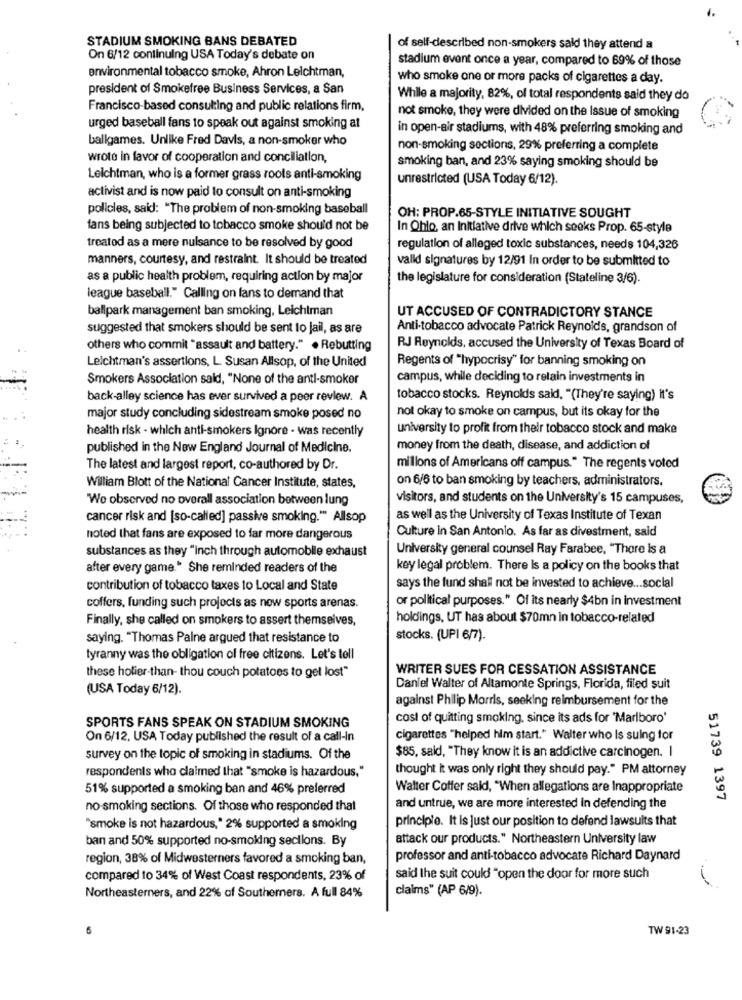
STADIUM SMOKING BANS DEBATED
of self-described non-smokers sald they attend a
On 6/12 continuing USA Today's debate on
stadium event once a year, compared to 69% of those
environmental tobacco smoke, Ahron Leichtman,
who smoke one or more packs of cigarettes a day.
president of Smokefree Business Services, a San
While a majority, 82%, of total respondents said they do
Francisco-based consulting and public relations firm,
not smoke, they were divided on the Issue of smoking
urged baseball fans to speak out against smoking at
in open-air stadiums, with 48% preferring smoking and
ballgames. Unlike Fred Davis, a non-smoker who
non-smoking sections, 29% preferring a complete
wrote in favor of cooperation and conciliation,
smoking ban, and 23% saying smoking should be
Leichtman, who is a former grass roots anti-smoking
unrestricted (USA Today 6/12).
activist and is now paid to consult on anti-smoking
policies, said: "The problem of non-smoking baseball
OH: PROP.65-STYLE INITIATIVE SOUGHT
fans being subjected to tobacco smoke should not be
In Ohio, an Initiative drive which seeks Prop. 65-style
treated as a mere nulsance to be resolved by good
regulation of alleged toxic substances, needs 104,326
manners, courtesy, and restraint. It should be treated
valld signatures by 12/91 In order to be submitted to
as a public health problem, requiring action by major
the legislature for consideration (Stateline 3/6).
league baseball." Calling on fans to demand that
ballpark management ban smoking, Leichtman
UT ACCUSED OF CONTRADICTORY STANCE
suggested that smokers should be sent to jail, as are
Anti-tobacco advocate Patrick Reynolds, grandson of
others who commit "assault and battery." . Rebutting
RJ Reynolds, accused the University of Texas Board of
Leichtman's assertions, L. Susan Allsop, of the United
Regents of "hypocrisy" for banning smoking on
Smokers Association said, "None of the anti-smoker
campus, while deciding to retain investments in
back-alley science has ever survived a peer review. A
tobacco stocks. Reynolds said, "(They're saying) it's
not okay to smoke on campus, but its okay for the
major study concluding sidestream smoke posed no
health risk - which anti-smokers Ignore - was recently
university to profit from their tobacco stock and make
published in the New England Journal of Medicine.
money from the death, disease, and addiction of
The latest and largest report, co-authored by Dr.
millons of Americans off campus." The regents voted
on 6/6 to ban smoking by teachers, administrators.
William Blott of the National Cancer Institute, states,
We observed no overall association between lung
visitors, and students on the University's 15 campuses,
cancer risk and [so-called] passive smoking."" Allsop
as well as the University of Texas Institute of Texan
Culture In San Antonio. As far as divestment, said
noted that fans are exposed to far more dangerous
substances as they "inch through automobile exhaust
University general counsel Ray Farabee, "There is a
after every game." She reminded readers of the
key legal problem. There Is a policy on the books that
contribution of tobacco taxes to Local and State
says the fund shall not be invested to achieve ... social
or political purposes." Of its nearly $4bn in investment
coffers, funding such projects as now sports arenas.
Finally, she called on smokers to assert themselves,
holdings, UT has about $70mn in tobacco-related
saying. "Thomas Paine argued that resistance to
stocks. (UPI 6/7).
tyranny was the obligation of free citizens. Let's tell
WRITER SUES FOR CESSATION ASSISTANCE
these holier-than- thou couch potatoes to get lost"
(USA Today 6/12).
Daniel Walter of Altamonte Springs, Florida, filed suit
against Philip Morris, seeking reimbursement for the
cost of quitting smoking, since its ads for 'Marlboro'
SPORTS FANS SPEAK ON STADIUM SMOKING
On 6/12, USA Today published the result of a call-In
cigarettes "helped him start." Walter who Is suing for
survey on the topic of smoking in stadiums. Of the
$85, said, "They know it is an addictive carcinogen. I
thought it was only right they should pay." PM attorney
respondents who claimed that "smoke is hazardous,"
51% supported a smoking ban and 46% preferred
Walter Coffer said, "When allegations are Inappropriate
51739 1397
no-smoking sections. Of those who responded that
and untrue, we are more interested In defending the
principle. It is Just our position to defend lawsuits that
"smoke is not hazardous," 2% supported a smoking
ban and 50% supported no-smolding sections. By
attack our products." Northeastern University law
region, 38% of Midwesterners favored a smoking ban,
professor and anti-tobacco advocate Richard Daynard
compared to 34% of West Coast respondents, 23% of
said the suit could "open the door for more such
claims" (AP 6/9).
Northeasterners, and 22% of Southerners. A full 84%
6
TW 91-23